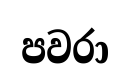
පවරා